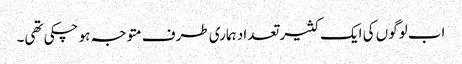
اب لوگوں کی ایک کثیر تعداد ہماری طرف متوجہ ہو چکی تھی۔